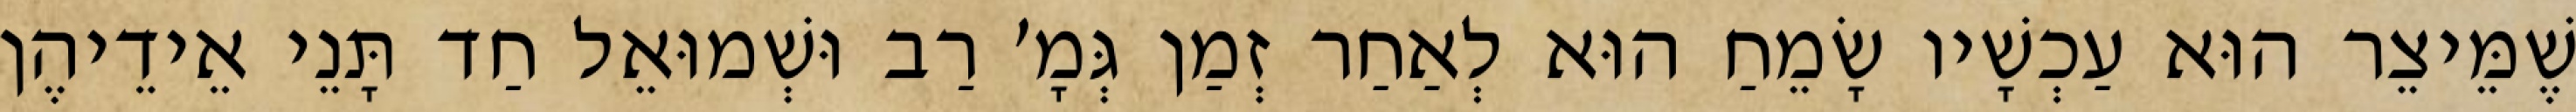
שֶׁמֵּיצֵר הוּא עַכְשָׁיו שָׂמֵחַ הוּא לְאַחַר זְמַן גְּמָ׳ רַב וּשְׁמוּאֵל חַד תָּנֵי אֵידֵיהֶן